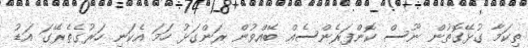
ތިކަމާ ގުޅޭގޮތުން ނޫސް ކޮންފަރެންސެއް ބޭއްވުން ރަންގަޅު ހަމަ އެކަނި ހަރުގެތެރޭގަ އަޑު